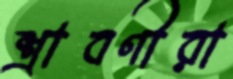
শ্রাবণীরা